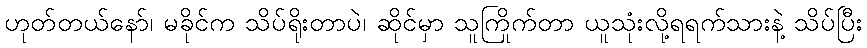
ဟုတ်တယ်နော်၊ မခိုင်က သိပ်ရိုးတာပဲ၊ ဆိုင်မှာ သူကြိုက်တာ ယူသုံးလို့ရရက်သားနဲ့ သိပ်ပြီး